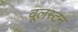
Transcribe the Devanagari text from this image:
वूलस्टन